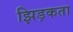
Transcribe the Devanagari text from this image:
झिड़कता